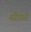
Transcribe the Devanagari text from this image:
मरेंटसी